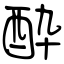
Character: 酔